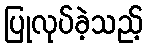
ပြုလုပ်ခဲ့သည့်